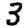
Digit: 3